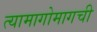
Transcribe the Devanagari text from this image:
त्यामागोमागची